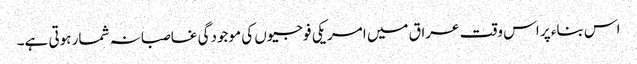
اس بناء پر اس وقت عراق میں امریکی فوجیوں کی موجودگی غاصبانہ شمار ہوتی ہے۔